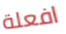
افعلة